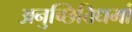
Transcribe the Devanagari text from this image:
अनुच्छित्तिधर्मा